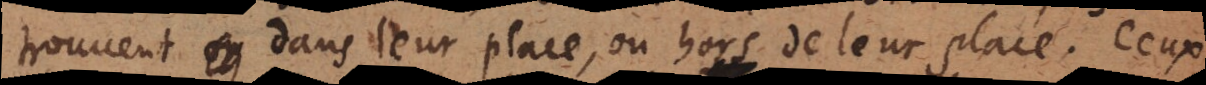
trouvent dans leur place, ou hors de leur place. Ceux